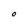
Character: O